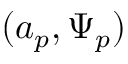
( a _ { p } , \Psi _ { p } )